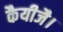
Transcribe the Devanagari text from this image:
कैयीजै।